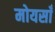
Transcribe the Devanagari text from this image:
मोयसाँ